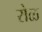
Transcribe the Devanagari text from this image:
रोळ